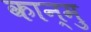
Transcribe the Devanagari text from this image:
कान्मु